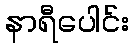
နာရီပေါင်း